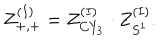
Z _ { + , + } ^ { ( I ) } = Z _ { C Y _ { 3 } } ^ { ( I ) } \cdot Z _ { S ^ { 1 } } ^ { ( I ) } .